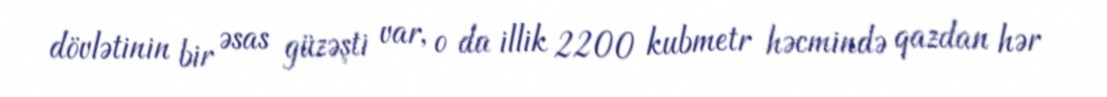
dövlətinin bir əsas güzəşti var, o da illik 2200 kubmetr həcmində qazdan hər